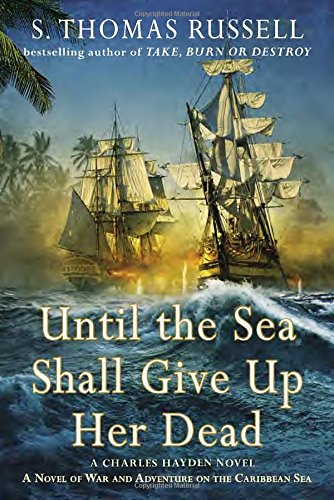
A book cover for Until the Sea Shall Give Up Her Dead (A Charles Hayden Novel); S. Thomas Russell; Literature & Fiction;